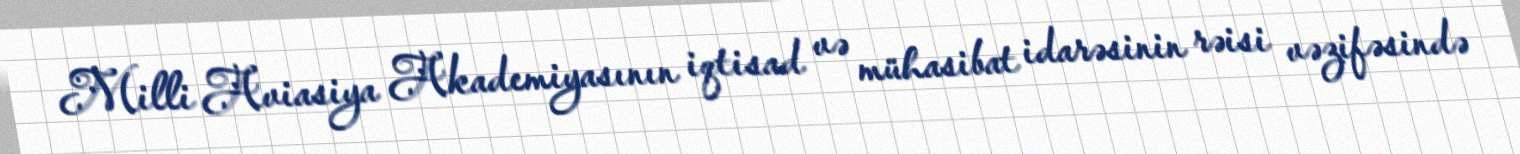
Milli Aviasiya Akademiyasının iqtisad və mühasibat idarəsinin rəisi vəzifəsində